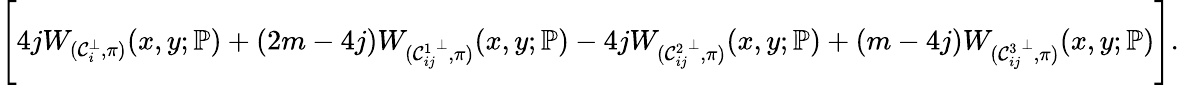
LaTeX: \Bigg[4jW_{(\mathcal{C}_{i}^{\bot},\pi)}(x,y;\mathbb{P})+(2m-4j)W_{({\mathcal{C}_{ij}^{1}}^{\bot},\pi)}(x,y;\mathbb{P})-4jW_{({\mathcal{C}_{ij}^{2}}^{\bot},\pi)}(x,y;\mathbb{P})+(m-4j)W_{({\mathcal{C}_{ij}^{3}}^{\bot},\pi)}(x,y;\mathbb{P})\Bigg].